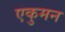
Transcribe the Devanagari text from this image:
एकुमन